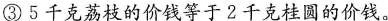
③5千克荔枝的价钱等于2千克桂圆的价钱。